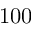
1 0 0